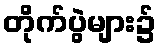
တိုက်ပွဲများ၌